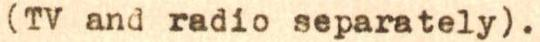
(TV and radio separately).